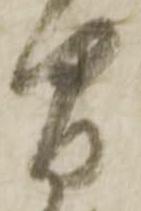
間